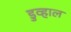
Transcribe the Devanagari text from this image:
डुव्हाल